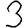
Digit: 3